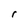
Character: r